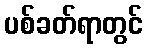
ပစ်ခတ်ရာတွင်